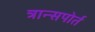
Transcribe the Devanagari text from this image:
त्रान्सपोर्त